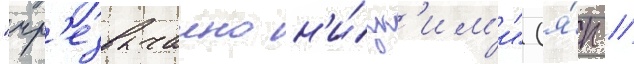
"чр'езвычаино н'и́зк'им'и" (я́п //